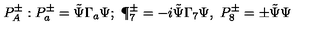
P _ { A } ^ { \pm } : P _ { a } ^ { \pm } = \tilde { \Psi } \Gamma _ { a } \Psi ; \ \P _ { 7 } ^ { \pm } = - i \tilde { \Psi } \Gamma _ { 7 } \Psi , \ P _ { 8 } ^ { \pm } = \pm \tilde { \Psi } \Psi